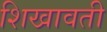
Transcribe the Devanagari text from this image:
शिखावती